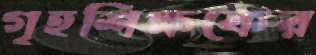
গৃহশিক্ষকের